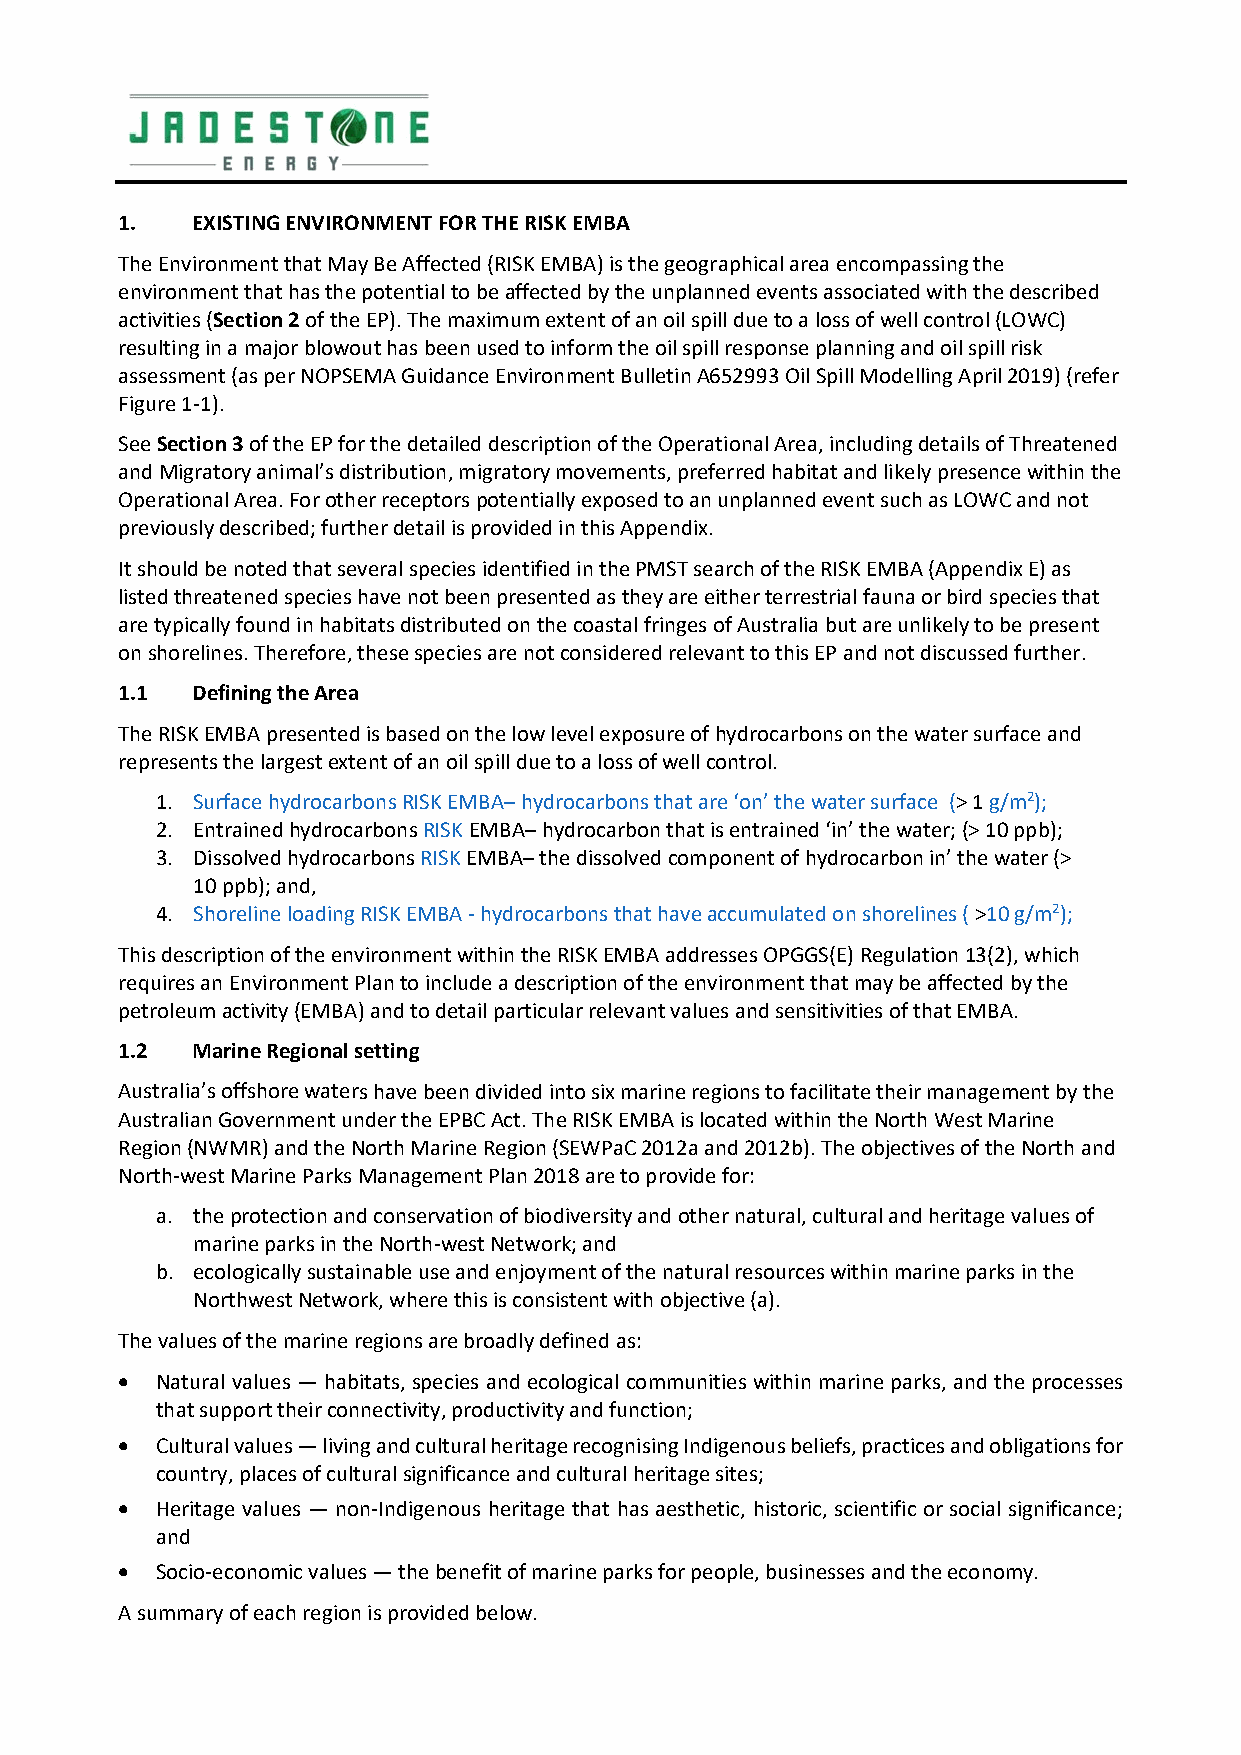
1.   EXISTING ENVIRONMENT FOR THE RISK EMBA
 The Environment that May Be Affected (RISK EMBA) is the geographical area encompassing the
 environment that has the potential to be affected by the unplanned events associated with the described
 activities (Section 2 of the EP). The maximum extent of an oil spill due to a loss of well control (LOWC)
 resulting in a major blowout has been used to inform the oil spill response planning and oil spill risk
 assessment (as per NOPSEMA Guidance Environment Bulletin A652993 Oil Spill Modelling April 2019) (refer
 Figure 1‐1).
 See Section 3 of the EP for the detailed description of the Operational Area, including details of Threatened
 and Migratory animal’s distribution, migratory movements, preferred habitat and likely presence within the
 Operational Area. For other receptors potentially exposed to an unplanned event such as LOWC and not
 previously described; further detail is provided in this Appendix.
 It should be noted that several species identified in the PMST search of the RISK EMBA (Appendix E) as
 listed threatened species have not been presented as they are either terrestrial fauna or bird species that
 are typically found in habitats distributed on the coastal fringes of Australia but are unlikely to be present
 on shorelines. Therefore, these species are not considered relevant to this EP and not discussed further.
 1.1  Defining the Area
 The RISK EMBA presented is based on the low level exposure of hydrocarbons on the water surface and
 represents the largest extent of an oil spill due to a loss of well control.
 1. Surface hydrocarbons RISK EMBA– hydrocarbons that are ‘on’ the water surface (> 1 g/m2);
 2. Entrained hydrocarbons RISK EMBA– hydrocarbon that is entrained ‘in’ the water; (> 10 ppb);
 3. Dissolved hydrocarbons RISK EMBA– the dissolved component of hydrocarbon in’ the water (>
 10 ppb); and,
 4. Shoreline loading RISK EMBA ‐ hydrocarbons that have accumulated on shorelines ( >10 g/m2);
 This description of the environment within the RISK EMBA addresses OPGGS(E) Regulation 13(2), which
 requires an Environment Plan to include a description of the environment that may be affected by the
 petroleum activity (EMBA) and to detail particular relevant values and sensitivities of that EMBA.
 1.2  Marine Regional setting
 Australia’s offshore waters have been divided into six marine regions to facilitate their management by the
 Australian Government under the EPBC Act. The RISK EMBA is located within the North West Marine
 Region (NWMR) and the North Marine Region (SEWPaC 2012a and 2012b). The objectives of the North and
 North‐west Marine Parks Management Plan 2018 are to provide for:
 a. the protection and conservation of biodiversity and other natural, cultural and heritage values of
 marine parks in the North‐west Network; and
 b. ecologically sustainable use and enjoyment of the natural resources within marine parks in the
 Northwest Network, where this is consistent with objective (a).
 The values of the marine regions are broadly defined as:
  Natural values — habitats, species and ecological communities within marine parks, and the processes
 that support their connectivity, productivity and function;
  Cultural values — living and cultural heritage recognising Indigenous beliefs, practices and obligations for
 country, places of cultural significance and cultural heritage sites;
  Heritage values — non‐Indigenous heritage that has aesthetic, historic, scientific or social significance;
 and
  Socio‐economic values — the benefit of marine parks for people, businesses and the economy.
 A summary of each region is provided below.